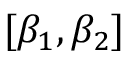
[ \beta _ { 1 } , \beta _ { 2 } ]